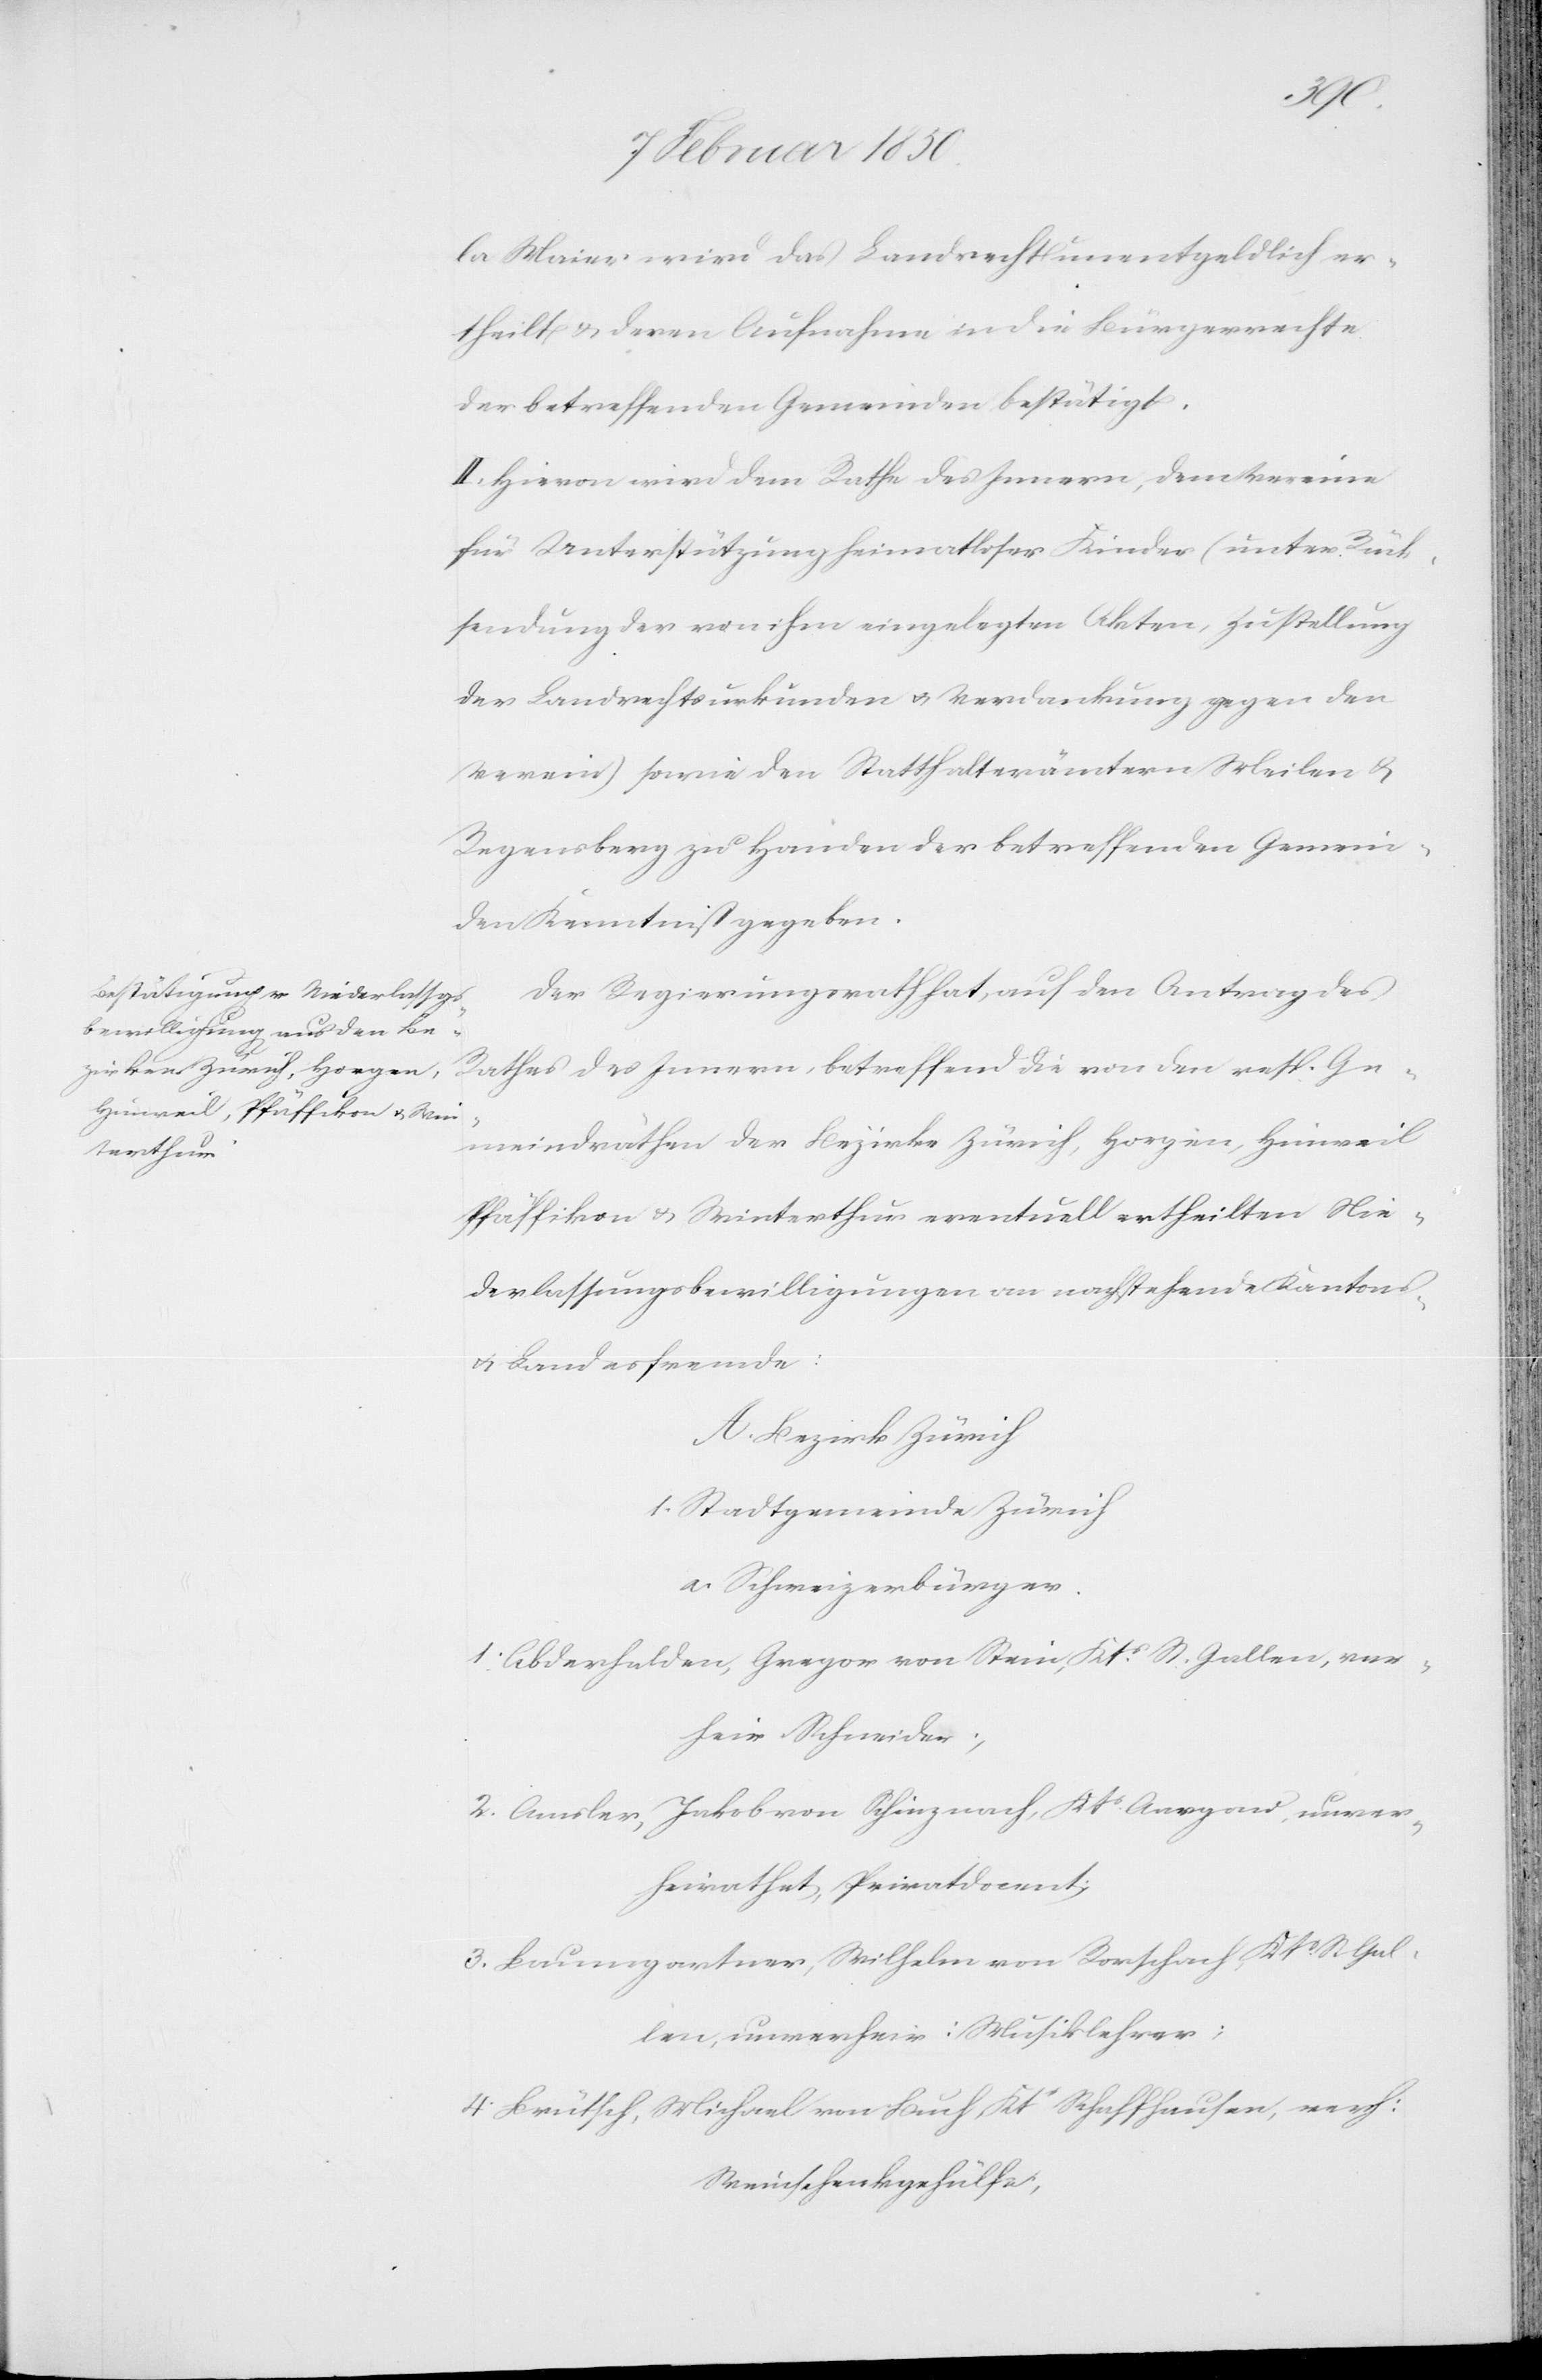
la Maier wird das Landrecht unentgeldlich er¬
theilt u. deren Aufnahme in die Bürgerrechte
der betreffenden Gemeinden bestätigt.
II. Hievon wird dem Rathe des Innern, dem Vereine
für Unterstützung heimatloser Kinder (unter Rück¬
sendung der von ihm eingelegten Akten, Zustellung
der Landrechtsurkunden u. Verdankung gegen den
Verein) sowie den Statthalterämtern Meilen u.
Regensberg zu Handen der betreffenden Gemein¬
den Kenntniß gegeben.
Der Regierungsrath hat, auf den Antrag des
Rathes des Innern, betreffend die von den resp. Ge¬
meindräthen der Bezirke Zürich, Horgen, Hinweil[,]
Pfäffikon u. Winterthur eventuell ertheilten Nie¬
derlassungsbewilligungen an nachstehende Kantons-
u. Landesfremde:
A. Bezirk Zürich
1. Stadtgemeinde Zürich
a. Schweizerbürger.
1. Abderhalden, Gregor von Stein, Kts St. Gallen, ver¬
heir. Schneider;
2. Amsler, Jakob von Schinznach, Kts Aargau, unver¬
heirathet, Privatdocent;
3. Baumgartner, Wilhelm von Rorschach, Kts St. Gal¬
len, unverheir: Musiklehrer;
4. Brütsch, Michael von Buch, Kts Schaffhausen, verh:
Weinschenkgehülfe;